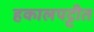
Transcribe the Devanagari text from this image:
हकालपट्टीत